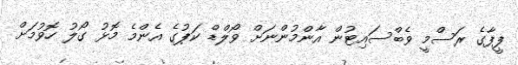
ފީފާގެ ރަސްމީ ވެބްސައިޓުން އާންމުންނަށް ވޯލްޑް ކަޕުގެ އެންމެ މޮޅު ގޯލު ހޮވުމަށް